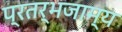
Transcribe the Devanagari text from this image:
प्रतर्भजाम्य